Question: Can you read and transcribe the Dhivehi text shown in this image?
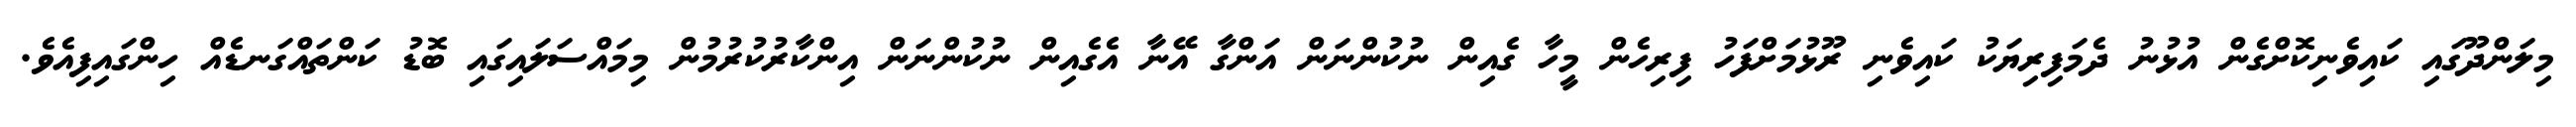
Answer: މިލަންދޫގައި ކައިވެނިކޮށްގެން އުޅުނު ދެމަފިރިޔަކު ކައިވެނި ރޫޅުމަށްފަހު ފިރިހެން މީހާ ގެއިން ނުކުންނަން އަންގާ އޭނާ އެގެއިން ނުކުންނަން އިންކާރުކުރުމުން މިމައްސަލައިގައި ބޮޑު ކަންތައްގަނޑެއް ހިންގައިފިއެވެ.